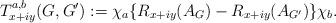
LaTeX: \begin{align*}T_{x+iy}^{a,b}(G,G') := \chi_a\{R_{x+iy}(A_G)-R_{x+iy}(A_{G'})\} \chi_b.\end{align*}